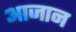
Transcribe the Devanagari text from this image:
आजान